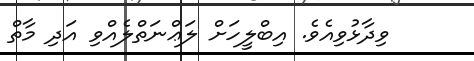
ވިދާޅުވިއެވެ. އިބްލީހަށް ލަޢްނަތްލެއްވި އަދި މާތް